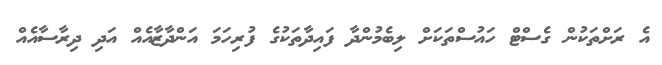
އެ ރަށްތަކުން ގެސްޓް ހައުސްތަކަށް ލިބެމުންދާ ފައިދާތަކުގެ ފުރިހަމަ އަންދާޒާއެއް އަދި ދިރާސާއެއް